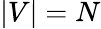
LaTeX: |V|=N